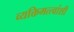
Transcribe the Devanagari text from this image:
व्यक्तिमत्त्वांशी